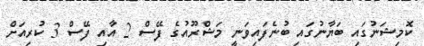
ކޮމިޝަނުގައި ބަޔާނުގައި ބުނެފައިވަނީ މަޝްރޫއުގެ ފޭސް 2 އާއި ފޭސް 3 ކުރިއަށް